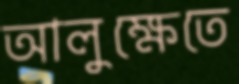
আলুক্ষেতে